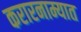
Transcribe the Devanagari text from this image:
करारनाम्यात